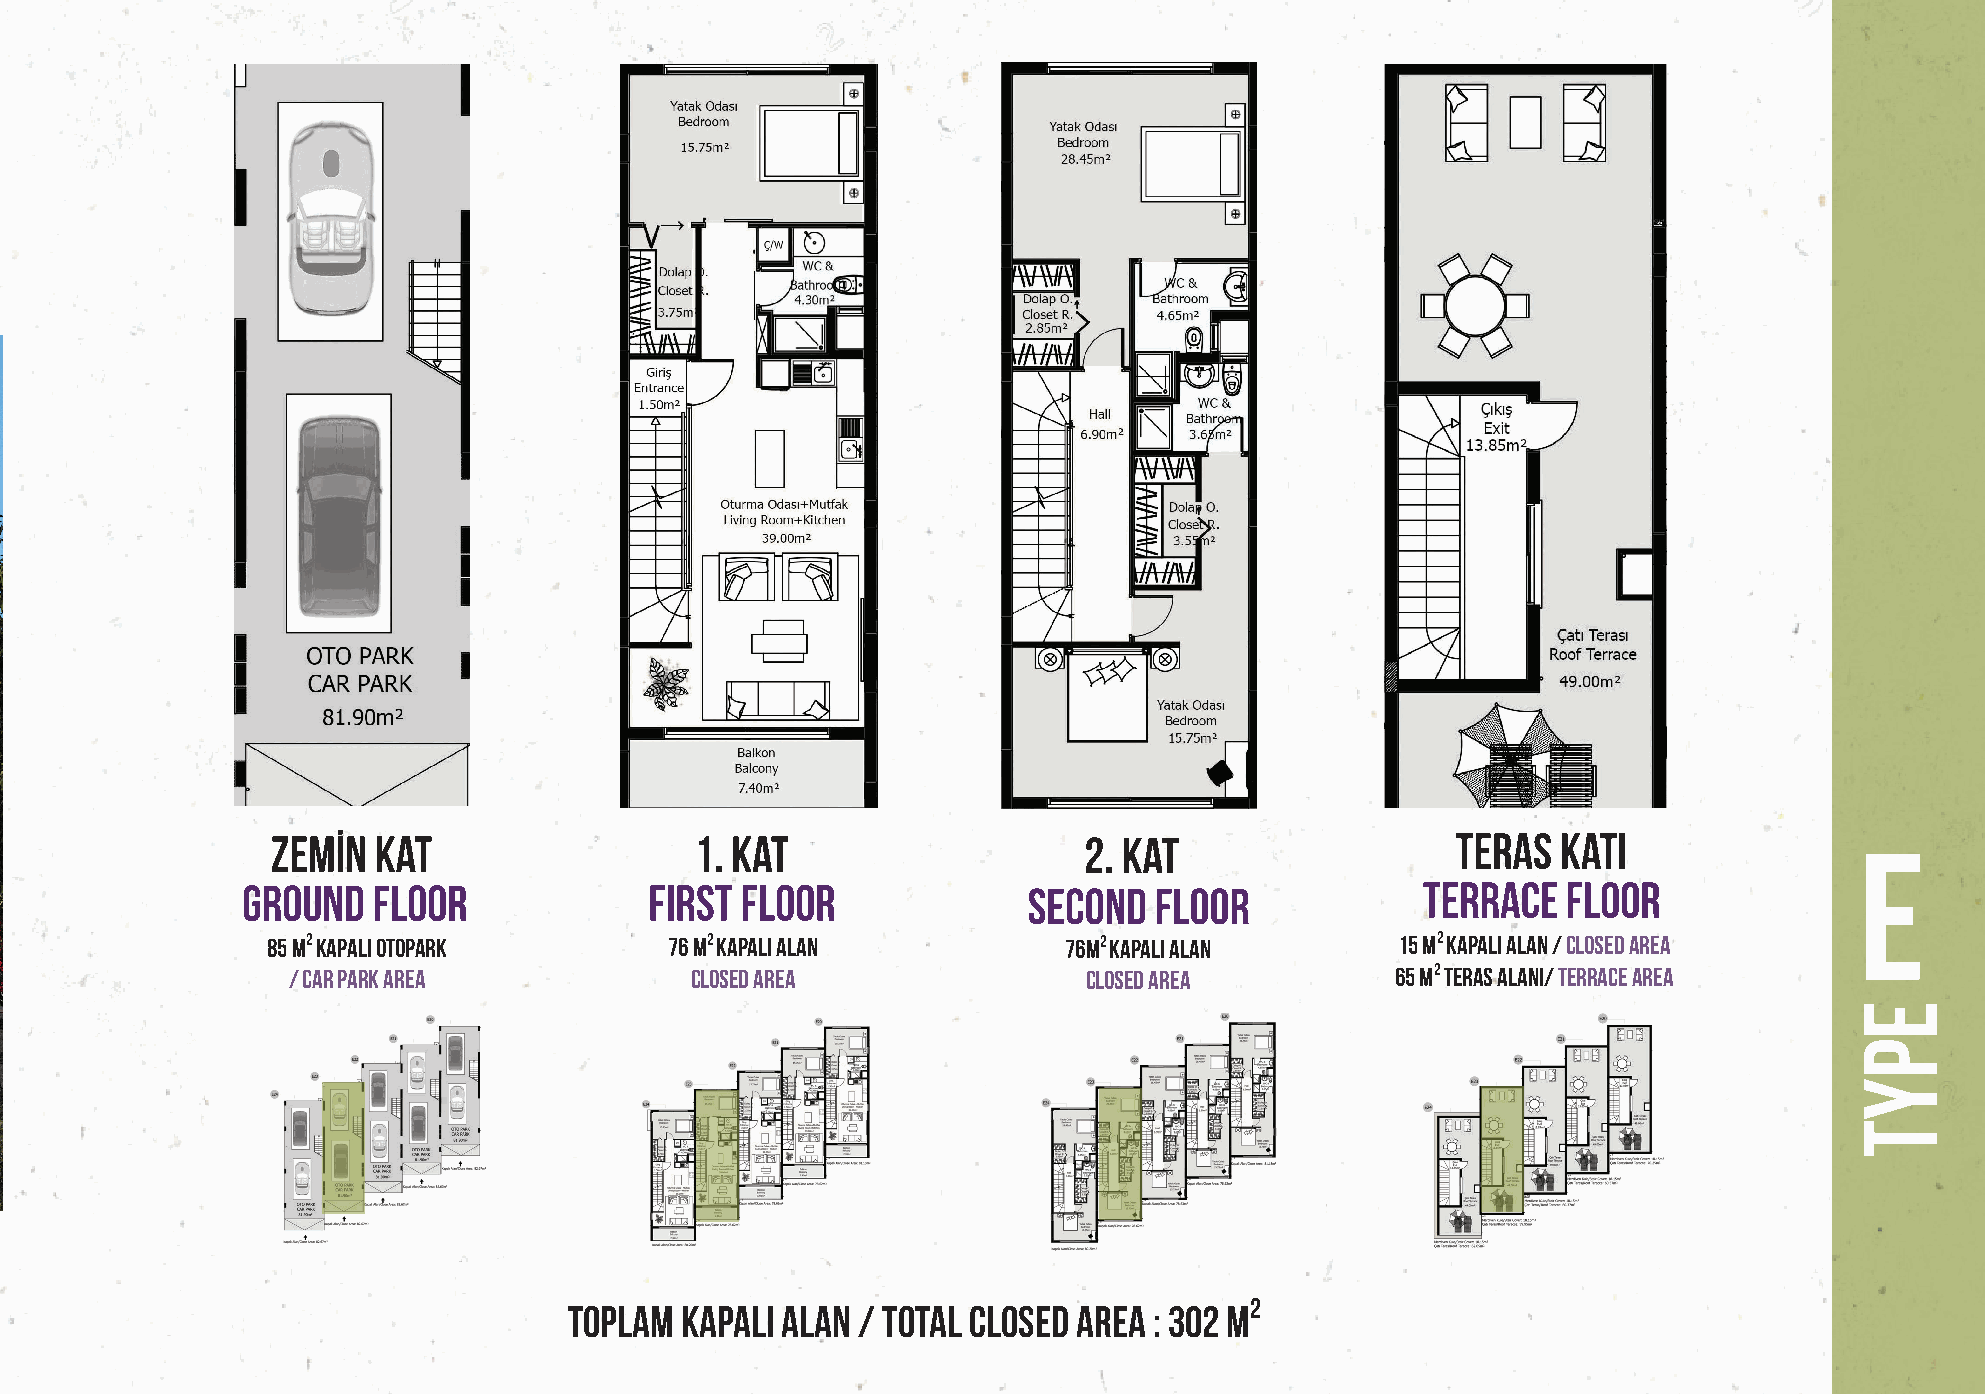
ZEMİN  KAT                  1. KAT                    2. KAT                  TERAS  KATI                E
 GROUND   FLOOR             FIRST FLOOR              SECOND  FLOOR             TERRACE   FLOOR
 85 m2 Kapalı OTOPARK      76 m2 Kapalı ALAN         76m2 Kapalı ALAN       15 m2 Kapalı ALAN / CLOSED AREA
 / CAR PARk AREA            CLOSED AREA               CLOSED AREA         65 m2 TERAS ALANI/ TERRACE AREA
 TOPLAM KAPALI ALAN / TOTAL CLOSED AREA : 302 m2
 EPYT